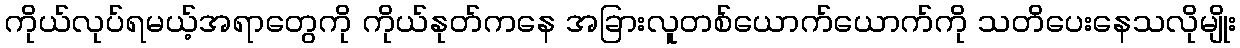
ကိုယ်လုပ်ရမယ့်အရာတွေကို ကိုယ်နုတ်ကနေ အခြားလူတစ်ယောက်ယောက်ကို သတိပေးနေသလိုမျိုး